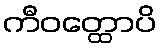
ကီဝတ္ထောပိ